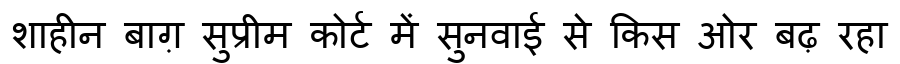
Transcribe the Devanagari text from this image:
शाहीन बाग़ सुप्रीम कोर्ट में सुनवाई से किस ओर बढ़ रहा